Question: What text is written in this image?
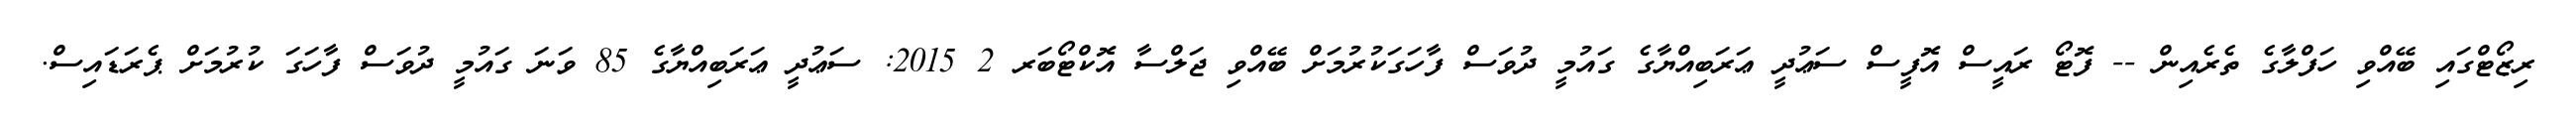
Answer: ރިޒޯޓްގައި ބޭއްވި ހަފްލާގެ ތެރެއިން -- ފޮޓޯ ރައީސް އޮފީސް ސަޢުދީ ޢަރަބިއްޔާގެ ގައުމީ ދުވަސް ފާހަގަކުރުމަށް ބޭއްވި ޖަލްސާ އޮކްޓޯބަރ 2 2015: ސަޢުދީ ޢަރަބިއްޔާގެ 85 ވަނަ ގައުމީ ދުވަސް ފާހަގަ ކުރުމަށް ޕެރަޑައިސް.